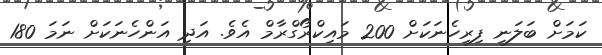
ކަމަށް ބަލަނީ ފިރިހެނަކަށް 200 މައިކްރޯގްރާމް އެވެ. އަދި އަންހެނަކަށް ނަމަ 180